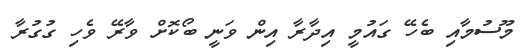
މޫސުމާއި ބެހޭ ގައުމީ އިދާރާ އިން ވަނީ ބޯކޮށް ވާރޭ ވެހި ގުގުރާ